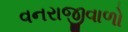
વનરાજીવાળો